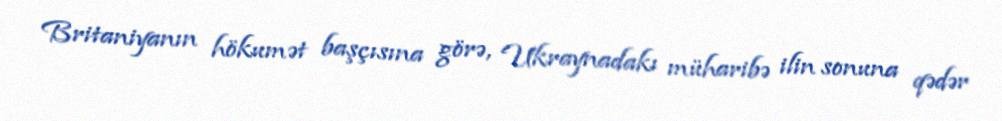
Britaniyanın hökumət başçısına görə, Ukraynadakı müharibə ilin sonuna qədər